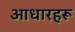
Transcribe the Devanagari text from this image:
आधारहरू